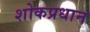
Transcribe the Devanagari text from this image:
शोकप्रधान